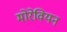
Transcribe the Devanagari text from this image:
मोरेवियन